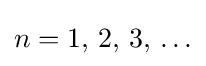
n=1,\,2,\,3,\,\ldots